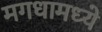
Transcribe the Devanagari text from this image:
मगधामध्ये